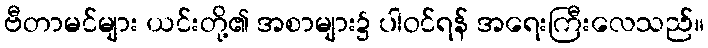
ဗီတာမင်များ ယင်းတို့၏ အစာများ၌ ပါဝင်ရန် အရေးကြီးလေသည်။